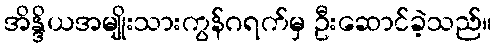
အိန္ဒိယအမျိုးသားကွန်ဂရက်မှ ဦးဆောင်ခဲ့သည်။